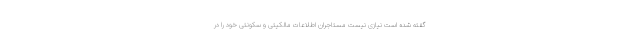
گفته شده است نیازی نیست مستاجران اطلاعات مالکیتی و سکونتی خود را در